Vaccination in the Punjab 1897-1904 - 1897-1904
Year: 1897
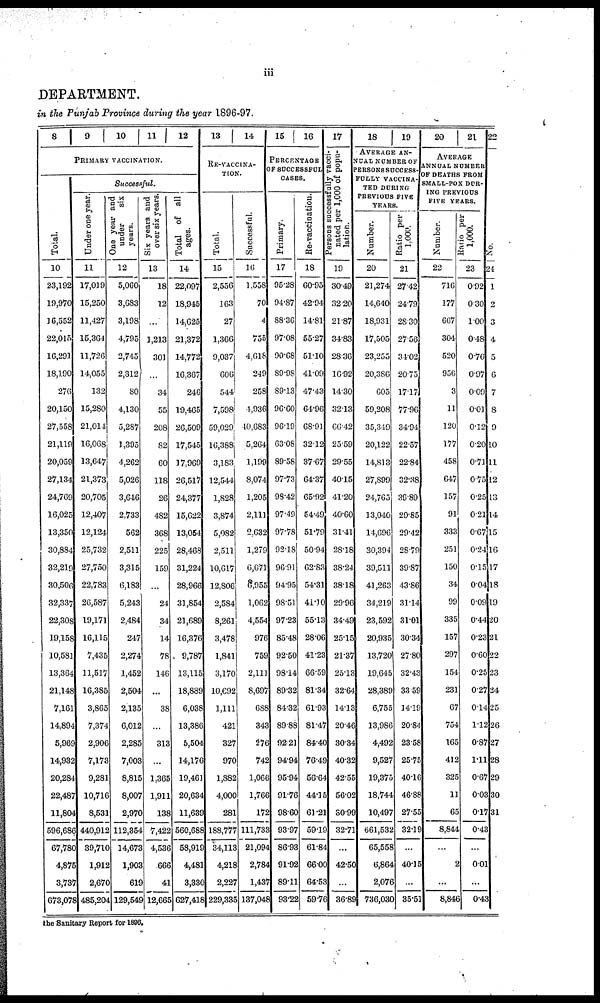
iii
DEPARTMENT.
in the Punjab Province during the year 1896.97.
8 9 10 11 12
PRIMARY VACCINATION.
Total.
10
23,192
19,970
16,552
22,015
16,291
18,190
276
20,150
27,558
21,119
20,059
27,134
24,769
16,025
13,350
30,884
32,219
30,506
32,337
22,308
19,158
10,581
13,364
21,148
7,161
14,894
5,969
14,932
20,284
22,487
11,804
596,686
67,780
4,875
3,737
673,078
Successful.
Under one year.
11
17,019
15,250
11,427
15,364
11,726
14,055
132
15,280
21,014
16,068
13,647
21,373
20,705
12,407
12,124
25,732
27,750
22,783
26,587
19,171
16,115
7,435
11,517
16,385
3,865
7,374
2,906
7,173
9,281
10,716
8,531
440,912
39,710
1,912
2,670
485,204
One year ana
under
sis
years.
12
5,060
3,683
3,198
4,795
2,745
2,312
80
4,130
5,287
1,395
4,262
5,026
3,646
2,733
562
2,511
3,315
6,183
5,243
2,484
247
2,274
1,452
2,504
2,135
6,012
2,285
7,003
8,815
8,007
2,970
112,354
14,673
1,903
619
129,549
Six years and
over six years.
13
18
12
...
1,213
301
...
34
55
208
82
60
118
26
482
368
225
159
...
24
34
14
78
146
...
38
...
313
...
1,365
1,911
138
7,422
4,536
666
41
12,665
Total of all
ages.
14
22,097
18,945
14,625
21,372
14,772
16,367
246
19,465
26,509
17,545
17,969
26,517
24,377
15,622
13,054
28,468
31,224
28,966
31,854
21,689
16,376
9,787
13,115
18,889
6,038
13,386
5,504
14,176
19,461
20,634
11,639
560,688
58,919
4,481
3,330
627,418
13
14
RE-VACCINA¬
TION.
Total.
15
2,556
163
27
1,366
9,037
606
544
7,598
59,029
16,388
3,183
12,544
1,828
3,874
5,082
2,511
10,617
12,806
2,584
8,261
3,478
1,841
3,170
10,692
1,111
421
327
970
1,882
4,000
281
188,777
34,113
4,218
2,227
229,335
Successful.
16
1,558
70
4
755
4,618
249
258
4,936
40,683
5,264
1,199
8,074
1,205
2,111
2,632
1,279
6,671
6,955
1,062
4,554
976
759
2,111
8,697
688
343
276
742
1,066
1,766
172
111,733
21,094
2,784
1,437
137,048
15
16
PERCENTAGE
OF SUCCESSFUL
CASES.
Primary.
17
95.28
94.87
88.36
97.08
90.68
89.98
89.13
96.60
96.19
63.08
89.58
97.73
98.42
97.49
97.78
92.18
96.91
94.95
98.51
97.23
85.48
92.50
98.14
89.32
84.32
89.88
92.21
94.94
95.94
91.76
98.60
93.97
86.93
91.92
89.11
93.22
Re-vaccination.
18
60.95
42.94
14.81
55.27
51.10
41.09
47.43
64.96
68.91
32.12
37.67
64.37
65.92
54.49
51.79
50.94
62.83
54.31
41.10
55.13
28.06
41.23
66.59
81.34
61.93
81.47
84.40
76.49
56.64
44.15
61.21
59.19
61.84
66.00
64.53
59.76
17
Persons successfully vacci¬
nated per 1,000 of popu-
lation.
19
30.49
32.20
21.87
34.83
28.36
16.92
14.30
32.13
66.42
25.59
29.55
40.15
41.20
40.60
31.41
28.18
38.24
38.18
29.96
34.49
25.15
21.37
25.13
32.64
14.13
20.46
30.34
40.32
42.55
56.02
30.99
32.71
...
42.50
...
36.89
18
19
AVERAGE AN¬
NUAL NUMBER OF
PERSONS SUCCESS-
FULLY VACCINA¬
TED DURING
PREVIOUS FIVE
YEARS.
Number.
20
21,274
14,640
18,931
17,505
23,255
20,386
605
59,208
35,349
20,122
14,813
27,899
24,765
13,040
14,696
30,394
39,511
41,263
34,219
23,592
20,935
13,720
19,645
28,389
6,755
13,986
4,492
9,527
19,375
18,744
10,497
661,532
65,558
6,864
2,076
736,030
Ratio per
1.000.
21
27.42
24.79
28.30
27.56
34.02
20.75
17.17
77.96
34.94
22.57
22.84
32.38
39.89
29.85
29.42
28.79
39.87
43.86
31.14
31.01
30.34
27.80
32.43
33.59
14.19
20.84
23.58
25.75
40.16
46.88
27.55
32.19
...
40.15
...
35.51
20
21
AVERAGE
ANNUAL NUMBER
OF DEATHS FROM
SMALL-POX DUR-
ING PREVIOUS
FIVE YEARS.
Number.
22
716
177
667
304
520
956
3
11
120
177
458
647
157
91
333
251
150
34
99
335
157
297
154
231
67
754
165
412
325
11
65
8,844
...
2
...
8,846
1,000.
23
0.92
0.30
1.00
0.48
0.76
0.97
0.09
0.01
0.12
0.20
0.71
075
0.25
021
0.67
0.24
0.15
0.04
0.09
0.44
0.23
0.60
0.25
0.27
0.14
1.12
0.87
1.11
0.67
0.03
0.17
0.43
...
0.01
...
0.43
22
No.
24
1
2
3
4
5
6
7
8
9
10
11
12
13
14
15
16
17
18
19
20
21
22
23
24
25
26
27
28
29
30
31
the Sanitary Report for 1886.